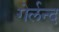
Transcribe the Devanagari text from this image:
गेर्लन्द